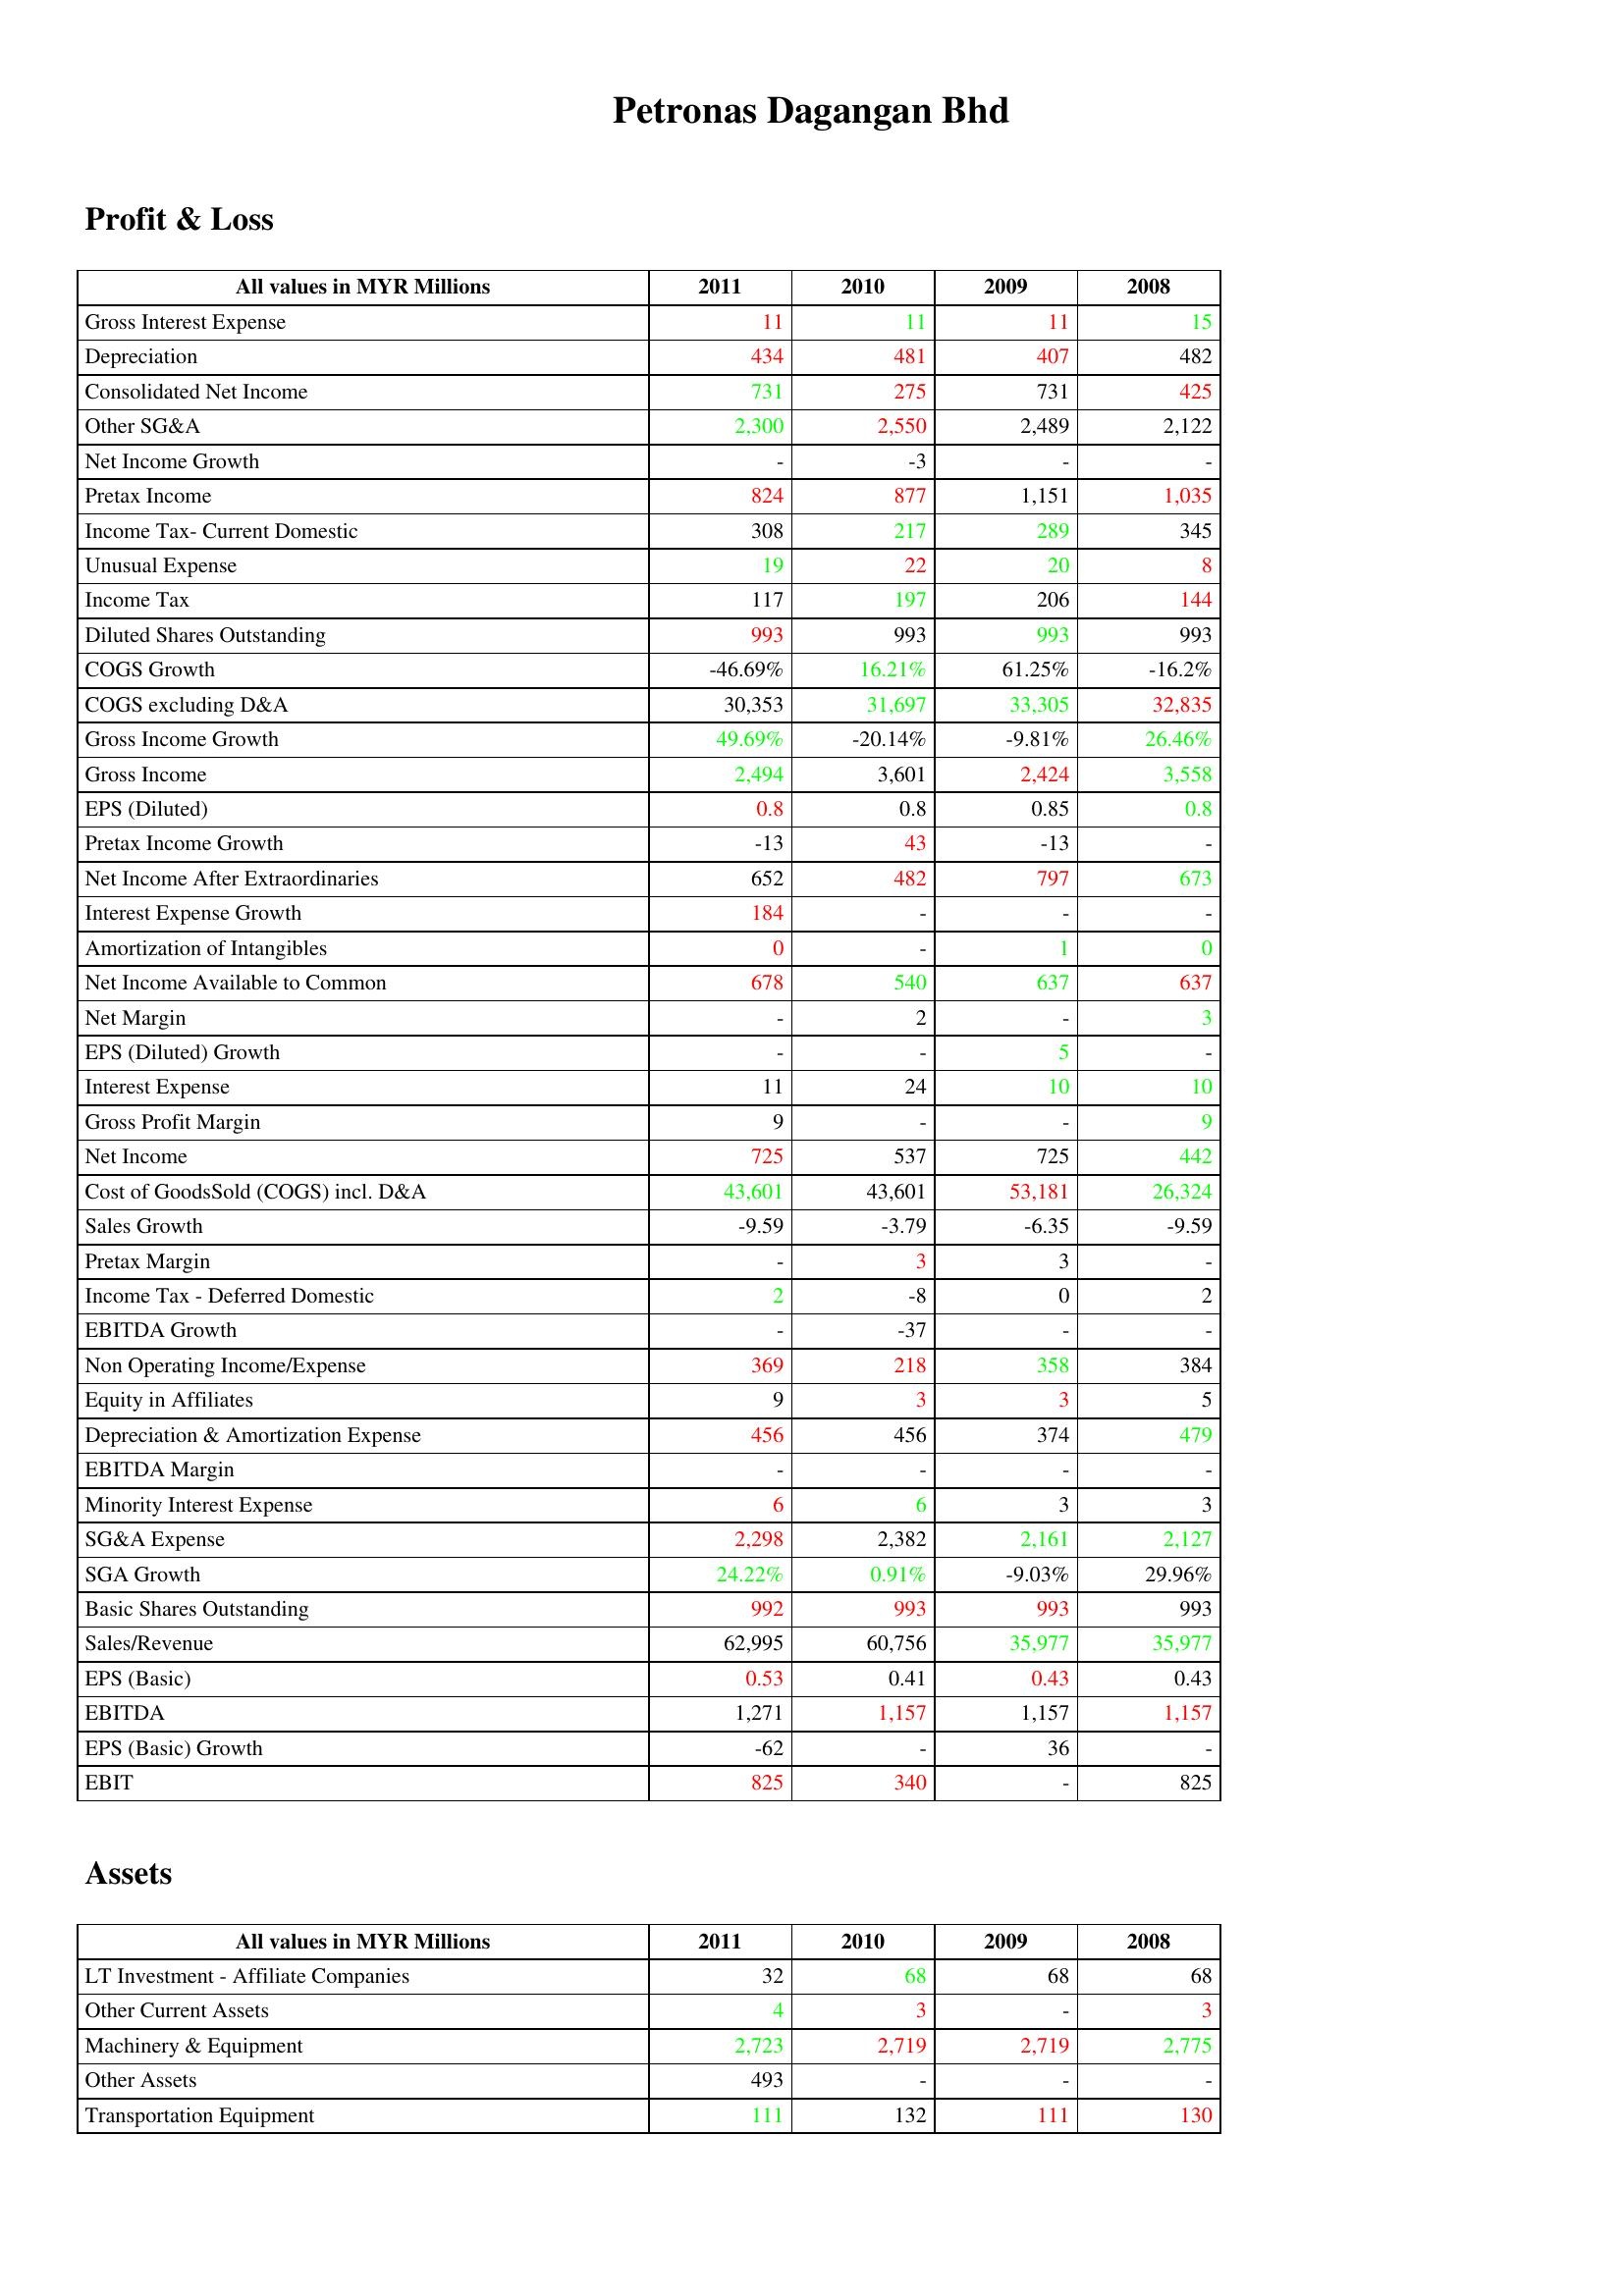
gt_parse: 2011: Profit & Loss: Gross Interest Expense: 11
Depreciation: 434
Consolidated Net Income: 731
Other SG&A: 2,300
Net Income Growth: -
Pretax Income: 824
Income Tax- Current Domestic: 308
Unusual Expense: 19
Income Tax: 117
Diluted Shares Outstanding: 993
COGS Growth: -46.69%
COGS excluding D&A: 30,353
Gross Income Growth: 49.69%
Gross Income: 2,494
EPS (Diluted): 0.8
Pretax Income Growth: -13
Net Income After Extraordinaries: 652
Interest Expense Growth: 184
Amortization of Intangibles: 0
Net Income Available to Common: 678
Net Margin: -
EPS (Diluted) Growth: -
Interest Expense: 11
Gross Profit Margin: 9
Net Income: 725
Cost of GoodsSold (COGS) incl. D&A: 43,601
Sales Growth: -9.59
Pretax Margin: -
Income Tax - Deferred Domestic: 2
EBITDA Growth: -
Non Operating Income/Expense: 369
Equity in Affiliates: 9
Depreciation & Amortization Expense: 456
EBITDA Margin: -
Minority Interest Expense: 6
SG&A Expense: 2,298
SGA Growth: 24.22%
Basic Shares Outstanding: 992
Sales/Revenue: 62,995
EPS (Basic): 0.53
EBITDA: 1,271
EPS (Basic) Growth: -62
EBIT: 825
Assets: LT Investment - Affiliate Companies: 32
Other Current Assets: 4
Machinery & Equipment: 2,723
Other Assets: 493
Transportation Equipment: 111
2010: Profit & Loss: Gross Interest Expense: 11
Depreciation: 481
Consolidated Net Income: 275
Other SG&A: 2,550
Net Income Growth: -3
Pretax Income: 877
Income Tax- Current Domestic: 217
Unusual Expense: 22
Income Tax: 197
Diluted Shares Outstanding: 993
COGS Growth: 16.21%
COGS excluding D&A: 31,697
Gross Income Growth: -20.14%
Gross Income: 3,601
EPS (Diluted): 0.8
Pretax Income Growth: 43
Net Income After Extraordinaries: 482
Interest Expense Growth: -
Amortization of Intangibles: -
Net Income Available to Common: 540
Net Margin: 2
EPS (Diluted) Growth: -
Interest Expense: 24
Gross Profit Margin: -
Net Income: 537
Cost of GoodsSold (COGS) incl. D&A: 43,601
Sales Growth: -3.79
Pretax Margin: 3
Income Tax - Deferred Domestic: -8
EBITDA Growth: -37
Non Operating Income/Expense: 218
Equity in Affiliates: 3
Depreciation & Amortization Expense: 456
EBITDA Margin: -
Minority Interest Expense: 6
SG&A Expense: 2,382
SGA Growth: 0.91%
Basic Shares Outstanding: 993
Sales/Revenue: 60,756
EPS (Basic): 0.41
EBITDA: 1,157
EPS (Basic) Growth: -
EBIT: 340
Assets: LT Investment - Affiliate Companies: 68
Other Current Assets: 3
Machinery & Equipment: 2,719
Other Assets: -
Transportation Equipment: 132
2009: Profit & Loss: Gross Interest Expense: 11
Depreciation: 407
Consolidated Net Income: 731
Other SG&A: 2,489
Net Income Growth: -
Pretax Income: 1,151
Income Tax- Current Domestic: 289
Unusual Expense: 20
Income Tax: 206
Diluted Shares Outstanding: 993
COGS Growth: 61.25%
COGS excluding D&A: 33,305
Gross Income Growth: -9.81%
Gross Income: 2,424
EPS (Diluted): 0.85
Pretax Income Growth: -13
Net Income After Extraordinaries: 797
Interest Expense Growth: -
Amortization of Intangibles: 1
Net Income Available to Common: 637
Net Margin: -
EPS (Diluted) Growth: 5
Interest Expense: 10
Gross Profit Margin: -
Net Income: 725
Cost of GoodsSold (COGS) incl. D&A: 53,181
Sales Growth: -6.35
Pretax Margin: 3
Income Tax - Deferred Domestic: 0
EBITDA Growth: -
Non Operating Income/Expense: 358
Equity in Affiliates: 3
Depreciation & Amortization Expense: 374
EBITDA Margin: -
Minority Interest Expense: 3
SG&A Expense: 2,161
SGA Growth: -9.03%
Basic Shares Outstanding: 993
Sales/Revenue: 35,977
EPS (Basic): 0.43
EBITDA: 1,157
EPS (Basic) Growth: 36
EBIT: -
Assets: LT Investment - Affiliate Companies: 68
Other Current Assets: -
Machinery & Equipment: 2,719
Other Assets: -
Transportation Equipment: 111
2008: Profit & Loss: Gross Interest Expense: 15
Depreciation: 482
Consolidated Net Income: 425
Other SG&A: 2,122
Net Income Growth: -
Pretax Income: 1,035
Income Tax- Current Domestic: 345
Unusual Expense: 8
Income Tax: 144
Diluted Shares Outstanding: 993
COGS Growth: -16.2%
COGS excluding D&A: 32,835
Gross Income Growth: 26.46%
Gross Income: 3,558
EPS (Diluted): 0.8
Pretax Income Growth: -
Net Income After Extraordinaries: 673
Interest Expense Growth: -
Amortization of Intangibles: 0
Net Income Available to Common: 637
Net Margin: 3
EPS (Diluted) Growth: -
Interest Expense: 10
Gross Profit Margin: 9
Net Income: 442
Cost of GoodsSold (COGS) incl. D&A: 26,324
Sales Growth: -9.59
Pretax Margin: -
Income Tax - Deferred Domestic: 2
EBITDA Growth: -
Non Operating Income/Expense: 384
Equity in Affiliates: 5
Depreciation & Amortization Expense: 479
EBITDA Margin: -
Minority Interest Expense: 3
SG&A Expense: 2,127
SGA Growth: 29.96%
Basic Shares Outstanding: 993
Sales/Revenue: 35,977
EPS (Basic): 0.43
EBITDA: 1,157
EPS (Basic) Growth: -
EBIT: 825
Assets: LT Investment - Affiliate Companies: 68
Other Current Assets: 3
Machinery & Equipment: 2,775
Other Assets: -
Transportation Equipment: 130